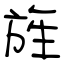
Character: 旌